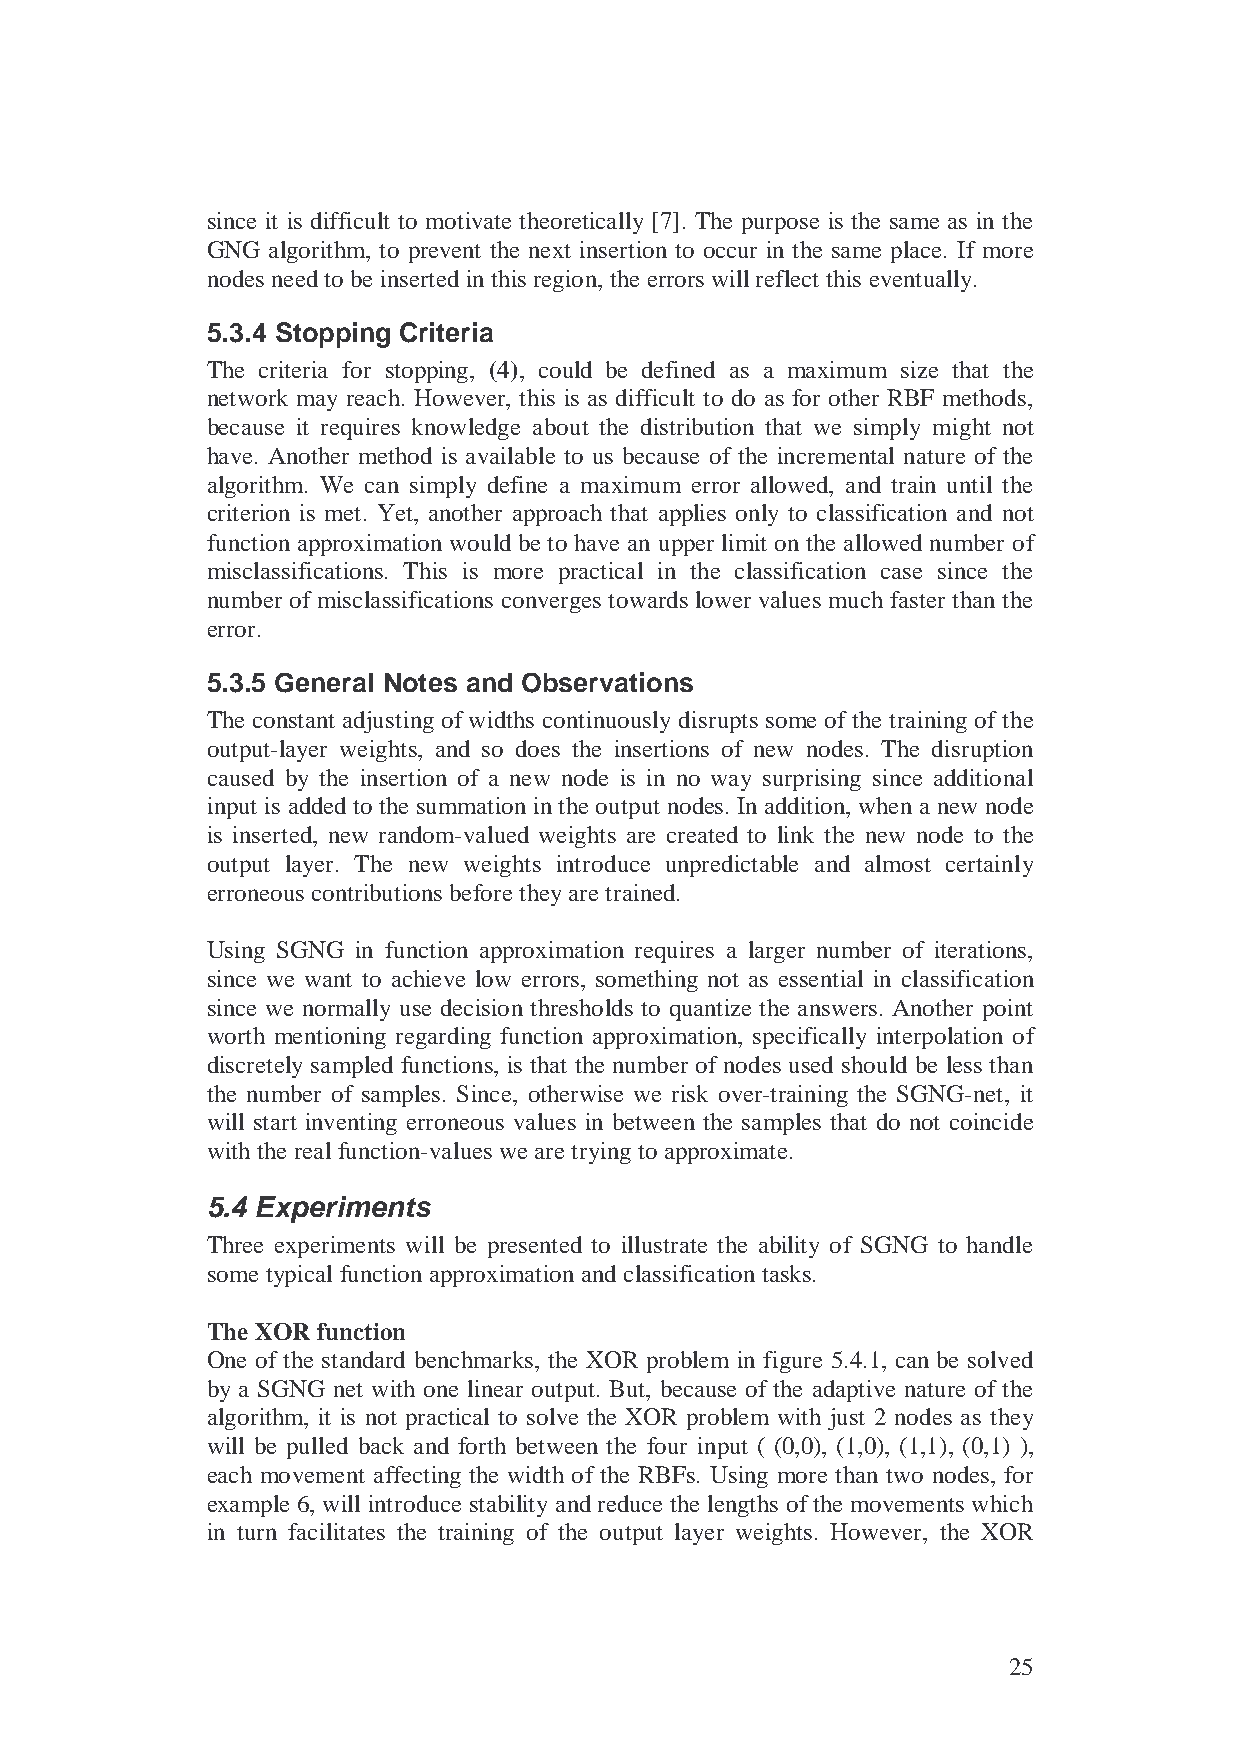
since it is difficult to motivate theoretically [7]. The purpose is the same as in the
 GNG algorithm, to prevent the next insertion to occur in the same place. If more
 nodes need to be inserted in this region, the errors will reflect this eventually.
 5.3.4 Stopping Criteria
 The criteria for stopping, (4), could be defined as a maximum size that the
 network may reach. However, this is as difficult to do as for other RBF methods,
 because it requires knowledge about the distribution that we simply might not
 have. Another method is available to us because of the incremental nature of the
 algorithm. We can simply define a maximum error allowed, and train until the
 criterion is met. Yet, another approach that applies only to classification and not
 function approximation would be to have an upper limit on the allowed number of
 misclassifications. This is more practical in the classification case since the
 number of misclassifications converges towards lower values much faster than the
 error.
 5.3.5 General Notes and Observations
 The constant adjusting of widths continuously disrupts some of the training of the
 output-layer weights, and so does the insertions of new nodes. The disruption
 caused by the insertion of a new node is in no way surprising since additional
 input is added to the summation in the output nodes. In addition, when a new node
 is inserted, new random-valued weights are created to link the new node to the
 output layer. The new weights introduce unpredictable and almost certainly
 erroneous contributions before they are trained.
 Using SGNG in function approximation requires a larger number of iterations,
 since we want to achieve low errors, something not as essential in classification
 since we normally use decision thresholds to quantize the answers. Another point
 worth mentioning regarding function approximation, specifically interpolation of
 discretely sampled functions, is that the number of nodes used should be less than
 the number of samples. Since, otherwise we risk over-training the SGNG-net, it
 will start inventing erroneous values in between the samples that do not coincide
 with the real function-values we are trying to approximate.
 5.4 Experiments
 Three experiments will be presented to illustrate the ability of SGNG to handle
 some typical function approximation and classification tasks.
 The XOR function
 One of the standard benchmarks, the XOR problem in figure 5.4.1, can be solved
 by a SGNG net with one linear output. But, because of the adaptive nature of the
 algorithm, it is not practical to solve the XOR problem with just 2 nodes as they
 will be pulled back and forth between the four input ( (0,0), (1,0), (1,1), (0,1) ),
 each movement affecting the width of the RBFs. Using more than two nodes, for
 example 6, will introduce stability and reduce the lengths of the movements which
 in turn facilitates the training of the output layer weights. However, the XOR
 25